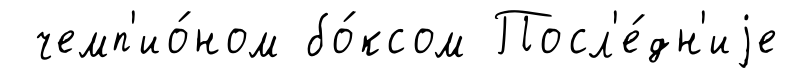
чемп'ио́ном бо́ксом Посл'е́дн'иjе